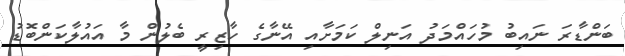
ބަންޑާރަ ނައިބު މުހައްމަދު އަނިލް ކަމަށާއި އޭނާގެ ހާޒިރީ ބެލުން މާ އައުލާކަންބޮޑު